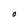
Character: O